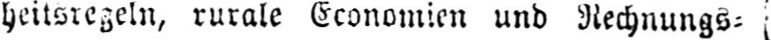
heitsregeln, rurale Economien und Rechnungs-